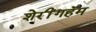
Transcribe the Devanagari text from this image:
शेरींगहॅम